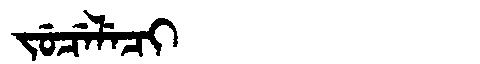
Manchu: ᠵᡠᠴᡝᠯᡝᠴᡳ
Romanization: JUCELECI